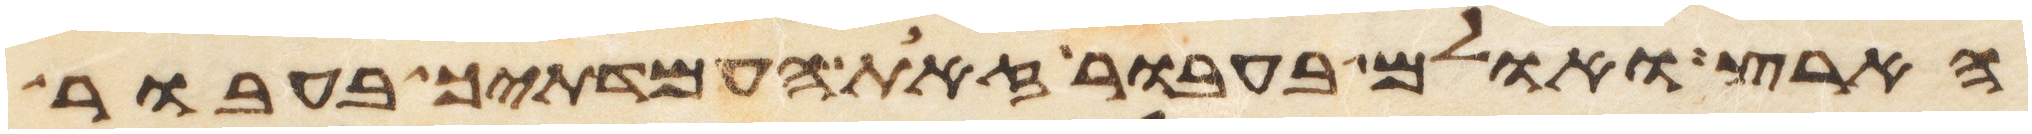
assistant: הארץ ואולם בעבור זאת העמדתיך בעבור